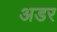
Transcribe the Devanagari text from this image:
अडर